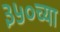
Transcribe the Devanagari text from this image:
३५०च्या